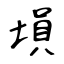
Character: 塤